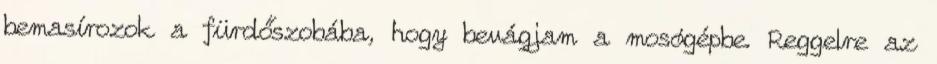
bemasírozok a fürdőszobába, hogy bevágjam a mosógépbe. Reggelre az